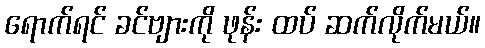
ရောက်ရင် ခင်ဗျားကို ဖုန်း ထပ် ဆက်လိုက်မယ်။